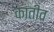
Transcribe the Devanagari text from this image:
कातीव